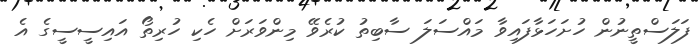
ފަލަސްތީނުން ހުށަހަޅާފައިވާ މައްސަލަ ސާބިތު ކުރެވޭ މިންވަރަށް ހެކި ހުރިތޯ އައިސީސީގެ އެ